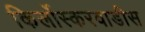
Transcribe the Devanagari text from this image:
किर्लोस्करवाडीस